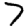
Digit: 7